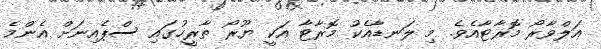
އަލްވާރޯ މޮރާޓާއެވެ. މި ލަނޑާއެކު މޮރާޓާ އަކީ ޔޫރޯ ތާރީހުގައި ސްޕެއިނަށް އެންމެ